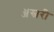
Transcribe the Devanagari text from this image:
ॲस्बरी